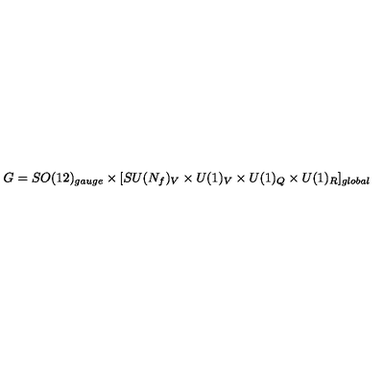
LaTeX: G = S O ( 1 2 ) _ { g a u g e } \times [ S U ( N _ { f } ) _ { V } \times U ( 1 ) _ { V } \times U ( 1 ) _ { Q } \times U ( 1 ) _ { R } ] _ { g l o b a l }